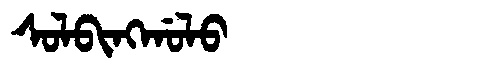
Manchu: ᠰᠣᠯᠪᡳᠩᡤᠣᠯᠣ
Romanization: SOLBINGGOLO